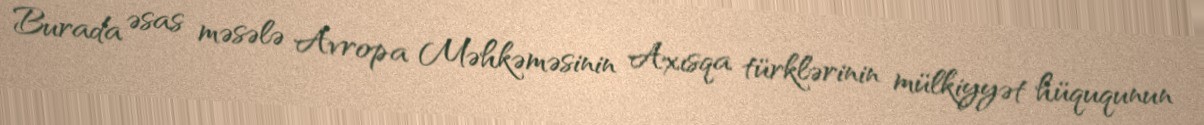
Burada əsas məsələ Avropa Məhkəməsinin Axısqa türklərinin mülkiyyət hüququnun